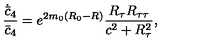
{ \frac { \dot { \bar { c } } _ { 4 } } { \bar { c } _ { 4 } } } = e ^ { 2 m _ { 0 } ( R _ { 0 } - R ) } { \frac { R _ { \tau } R _ { \tau \tau } } { c ^ { 2 } + R _ { \tau } ^ { 2 } } } ,